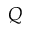
Q